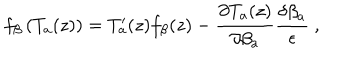
f _ { \beta } \left( T _ { a } ( z ) \right) = T _ { a } ^ { \prime } ( z ) f _ { \beta } ( z ) - \frac { \partial T _ { a } ( z ) } { \partial \beta _ { a } } \frac { \delta \beta _ { a } } { \epsilon } \ ,